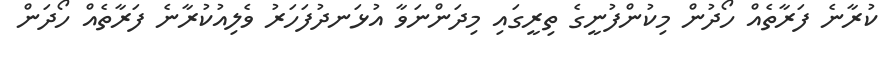
ކުރާނެ ފަރާތެއް ހޯދުން މިކުންފުނީގެ ތިރީގައި މިދަންނަވާ އުޅަނދުފަހަރު ވެލިއުކުރާނެ ފަރާތެއް ހޯދަން